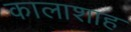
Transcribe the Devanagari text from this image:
कालाशाह